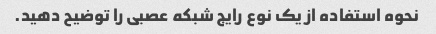
نحوه استفاده از یک نوع رایج شبکه عصبی را توضیح دهید.